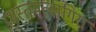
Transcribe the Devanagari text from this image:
प्रथस्तमत्वागिरा